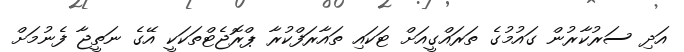
އަދި ސަރުކާރުން ގައުމުގެ ތަރައްގީއަށް ޓަކައި ތައާރަފްކުރާ ޕްރޮޖެޓްތަކަކީ އޭގެ ނަތީޖާ ފެނުމަށް